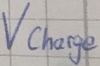
Text: VcHARGE